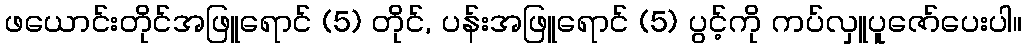
ဖယောင်းတိုင်အဖြူရောင် (5) တိုင်, ပန်းအဖြူရောင် (5) ပွင့်ကို ကပ်လှူပူဇော်ပေးပါ။